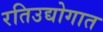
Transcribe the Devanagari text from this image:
रतिउद्योगात